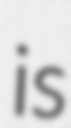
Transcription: is